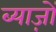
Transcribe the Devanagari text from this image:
ब्याज़ों